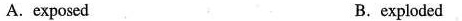
A. exposed B.exploded